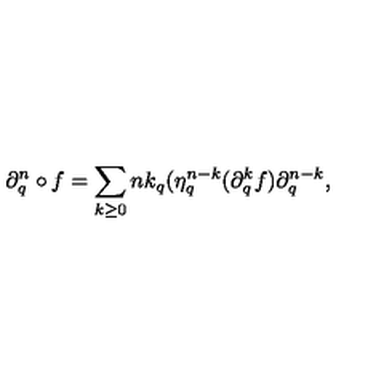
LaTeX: \partial _ { q } ^ { n } \circ f = \sum _ { { k \ge 0 } } { \binom { n } { k } } _ { q } ( \eta _ { q } ^ { n - k } ( \partial _ { q } ^ { k } f ) \partial _ { q } ^ { n - k } ,